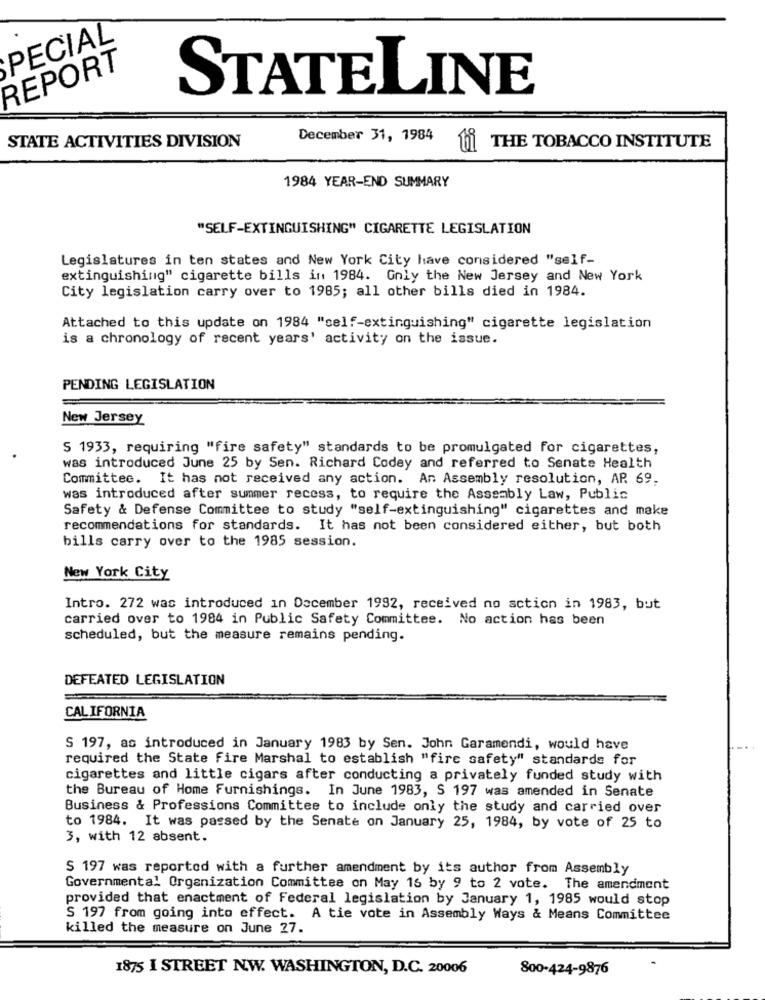
PECIAL
REPORT
STATELINE
December 31, 1984
STATE ACTIVITIES DIVISION
hi
THE TOBACCO INSTITUTE
1984 YEAR-END SUMMARY
"SELF-EXTINGUISHING" CIGARETTE LEGISLATION
Legislatures in ten states and New York City have considered "self-
extinguishing" cigarette bills in 1984. Only the New Jersey and New York
City legislation carry over to 1985; all other bills died in 1984.
Attached to this update on 1984 "self-extinguishing" cigarette legislation
is a chronology of recent years' activity on the issue.
PENDING LEGISLATION
New Jersey
S 1933, requiring "fire safety" standards to be promulgated for cigarettes,
was introduced June 25 by Sen. Richard Codey and referred to Senate Health
Committee. It has not received any action. An Assembly resolution, AP. 69,
was introduced after summer recess, to require the Assembly Law, Public
Safety & Defense Committee to study "self-extinguishing" cigarettes and make
recommendations for standards. It has not been considered either, but both
bills carry over to the 1985 session.
New York City
Intro. 272 was introduced in December 1992, received no action in 1983, but
carried over to 1984 in Public Safety Committee. No action has been
scheduled, but the measure remains pending.
DEFEATED LEGISLATION
CALIFORNIA
S 197, as introduced in January 1983 by Sen. John Garamendi, would have
required the State fire Marshal to establish "fire safety" standards for
cigarettes and little cigars after conducting a privately funded study with
the Bureau of Home Furnishings. In June 1983, S 197 was amended in Senate
Business & Professions Committee to include only the study and carried over
to 1984. It was passed by the Senate on January 25, 1984, by vote of 25 to
3, with 12 absent.
S 197 was reported with a further amendment by its author from Assembly
Governmental Organization Committee on May 16 by 9 to 2 vote. The amendment
provided that enactment of Federal legislation by January 1, 1985 would stop
S 197 from going into effect. A tie vote in Assembly Ways & Means Committee
killed the measure on June 27.
1875 I STREET NW. WASHINGTON, D.C. 20006
800-424-9876